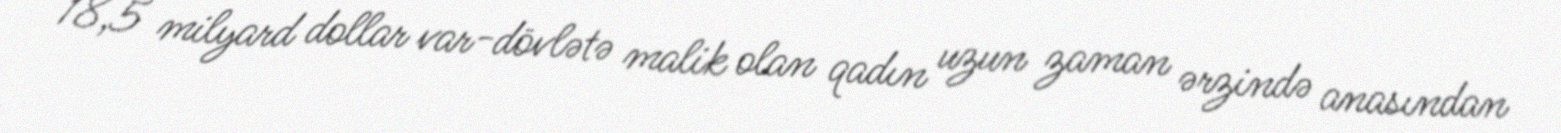
18,5 milyard dollar var-dövlətə malik olan qadın uzun zaman ərzində anasından